Vaccination in Bombay 1874-1876 - 1874-1876
Year: 1874
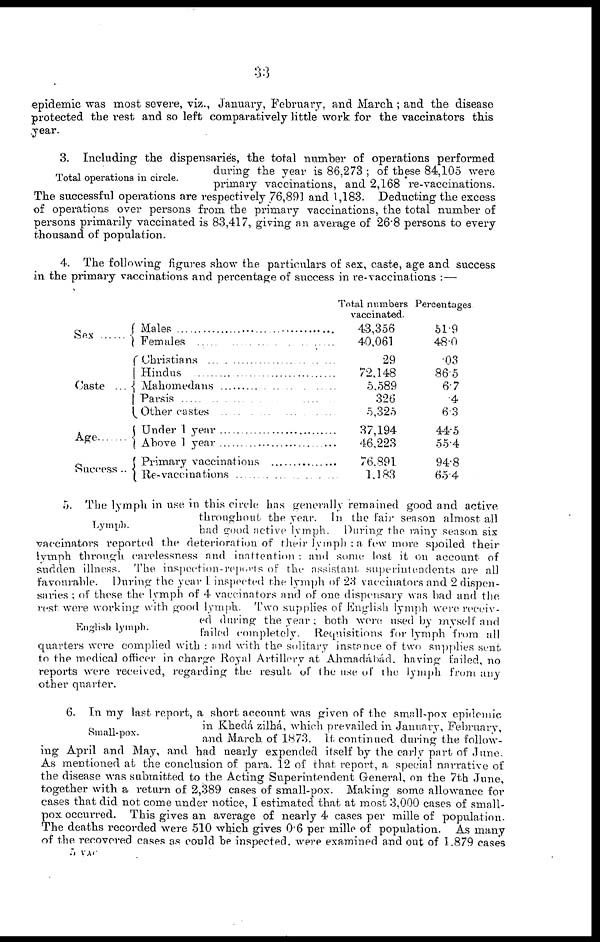
33
epidemic was most severe, viz., January, February, and March ; and the disease
protected the rest and so left comparatively little work for the vaccinators this
year.
Total operations in circle.
3. Including the dispensaries, the total number of operations performed
during the year is 86,273 ; of these 84,105 were
primary vaccinations, and 2,168 re-vaccinations.
The successful operations are respectively 76,891 and 1,183. Deducting the excess
of operations over persons from the primary vaccinations, the total number of
persons primarily vaccinated is 83,417, giving an average of 26.8 persons to every
thousand of population.
4. The following figures show the particulars of sex, caste, age and success
in the primary vaccinations and percentage of success in re-vaccinations :—
Sex
Caste ...
Age
Success ..
Males . . . . . . . . . . . . . . . . . . . . . . . . . . . .
Females . . . . . . . . . . . . . . . . . . . . . . . . . .
Christians . . . . . . . . . . . . . . . . . . . . . . . . .
Hindus . . . . . . . . . . . . . . . . . . . . . . . . . . .
Mahomedans . . . . . . . . . . . . . . . . . . . . . . .
Parsis . . . . . . . . . . . . . . . . . . . . . . . . . . .
Other castes . . . . . . . . . . . . . . . . . . . . .
Under 1 year . . . . . . . . . . . . . . . . . . . .
Above 1 year . . . . . . . . . . . . . . . . . . . .
Primary vaccinations . . . . . . . . . . . . . .
Re-vaccinations . . . . . . . . . . . . . . . . . . .
Total numbers
vaccinated.
43,356
40,061
29
72,148
5,589
326
5,325
37,194
46,223
76,891
1,183
Percentages
61.9
48.0
.03
86.5
6.7
.4
6.3
44.5
55.4
94.8
65.4
Lymph.
English lymph.
5. The lymph in use in this circle has generally remained good and active
throughout the year. In the fair season almost all
had good active lymph. During the rainy season six
vaccinators reported the deterioration of their lymph : a few more spoiled their
lymph through carelessness and inattention : and some lost it on account of
sudden illness. The inspection-reports of the assistant, superintendents are all
favourable. During the year I inspected the lymph of 23 vaccinators and 2 dispen-
saries ; of these the lymph of 4 vaccinators and of one dispensary was bad and the
rest were working with good lymph. Two supplies of English lymph were receiv-
ed during the year ; both were used by myself and
failed completely. Requisitions for lymph from all
quarters were complied with : and with the solitary instance of two supplies sent
to the medical officer in charge Royal Artillery at Ahmadáhád. having failed, no
reports were received, regarding the result, of the use of the lymph from any-
other quarter.
Small-pox.
6. In my last report, a short account was given of the small-pox epidemic
in Khedá zilhá, which prevailed in January, February,
and March of 1873. It continued during the follow-
ing April and May, and had nearly expended itself by the early part of June.
As mentioned at the conclusion of para. 12 of that, report, a special narrative of
the disease was submitted to the Acting Superintendent General, on the 7th June,
together with a return of 2,389 cases of small-pox. Making some allowance for
cases that did not come under notice, I estimated that at most 3,000 cases of small-
pox occurred. This gives an average of nearly 4 cases per mille of population.
The deaths recorded were 510 which gives 0.6 per mille of population. As many
of the recovered cases as could be inspected, were examined and out of 1.879 cases
5 VAC